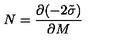
N = \frac { \partial ( - 2 \tilde { \sigma } ) } { \partial M }